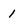
Character: 1